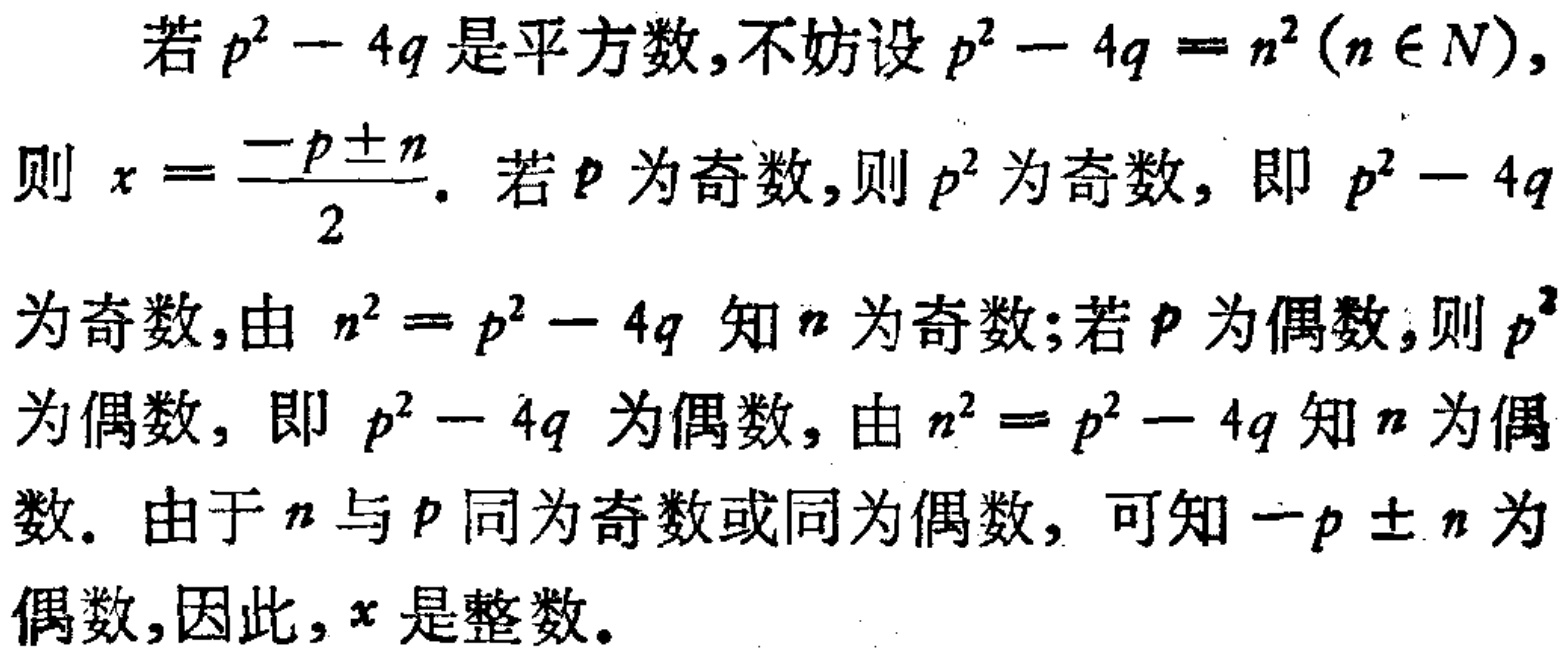
若\(p^{2}-4q\)是平方数,不妨设\(p^{2}-4q = n^{2}(n\in N)\),
则\(x = \frac{-p\pm n}{2}\). 若\(p\)为奇数,则\(p^{2}\)为奇数, 即 \(p^{2}-4q\)
为奇数,由 \(n^{2}=p^{2}-4q\) 知\(n\)为奇数;若\(p\)为偶数,则\(p^{2}\)
为偶数, 即 \(p^{2}-4q\) 为偶数, 由 \(n^{2}=p^{2}-4q\) 知\(n\)为偶
数. 由于\(n\)与\(p\)同为奇数或同为偶数, 可知\(-p\pm n\)为
偶数,因此,\(x\)是整数.